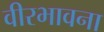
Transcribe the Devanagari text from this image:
वीरभावना